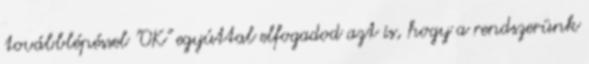
továbblépéssel "OK" egyúttal elfogadod azt is, hogy a rendszerünk